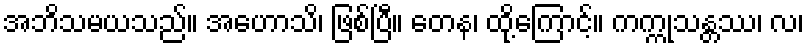
အဘိသမယသည်။ အဟောသိ၊ ဖြစ်ပြီ။ တေန၊ ထို့ကြောင့်။ ကက္ကုသန္တဿ၊ လ၊